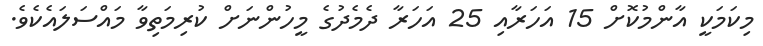
މިކަމަކީ އާންމުކޮށް 15 އަހަރާއި 25 އަހަރާ ދެމެދުގެ މީހުންނަށް ކުރިމަތިވާ މައްސަލައެކެވެ.